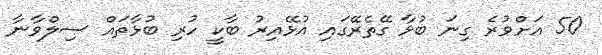
50 އަށްވުރެ ގިނަ ބުޅާ ގޭތެރޭގައި އުޅޭއިރު ބާކީ ހުރި ބުޅާތައް ސިލްވާނާ